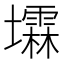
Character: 𪤰